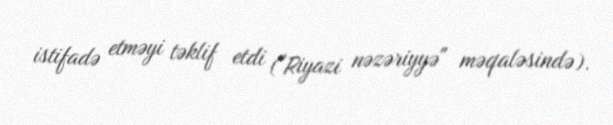
istifadə etməyi təklif etdi ("Riyazi nəzəriyyə" məqaləsində).